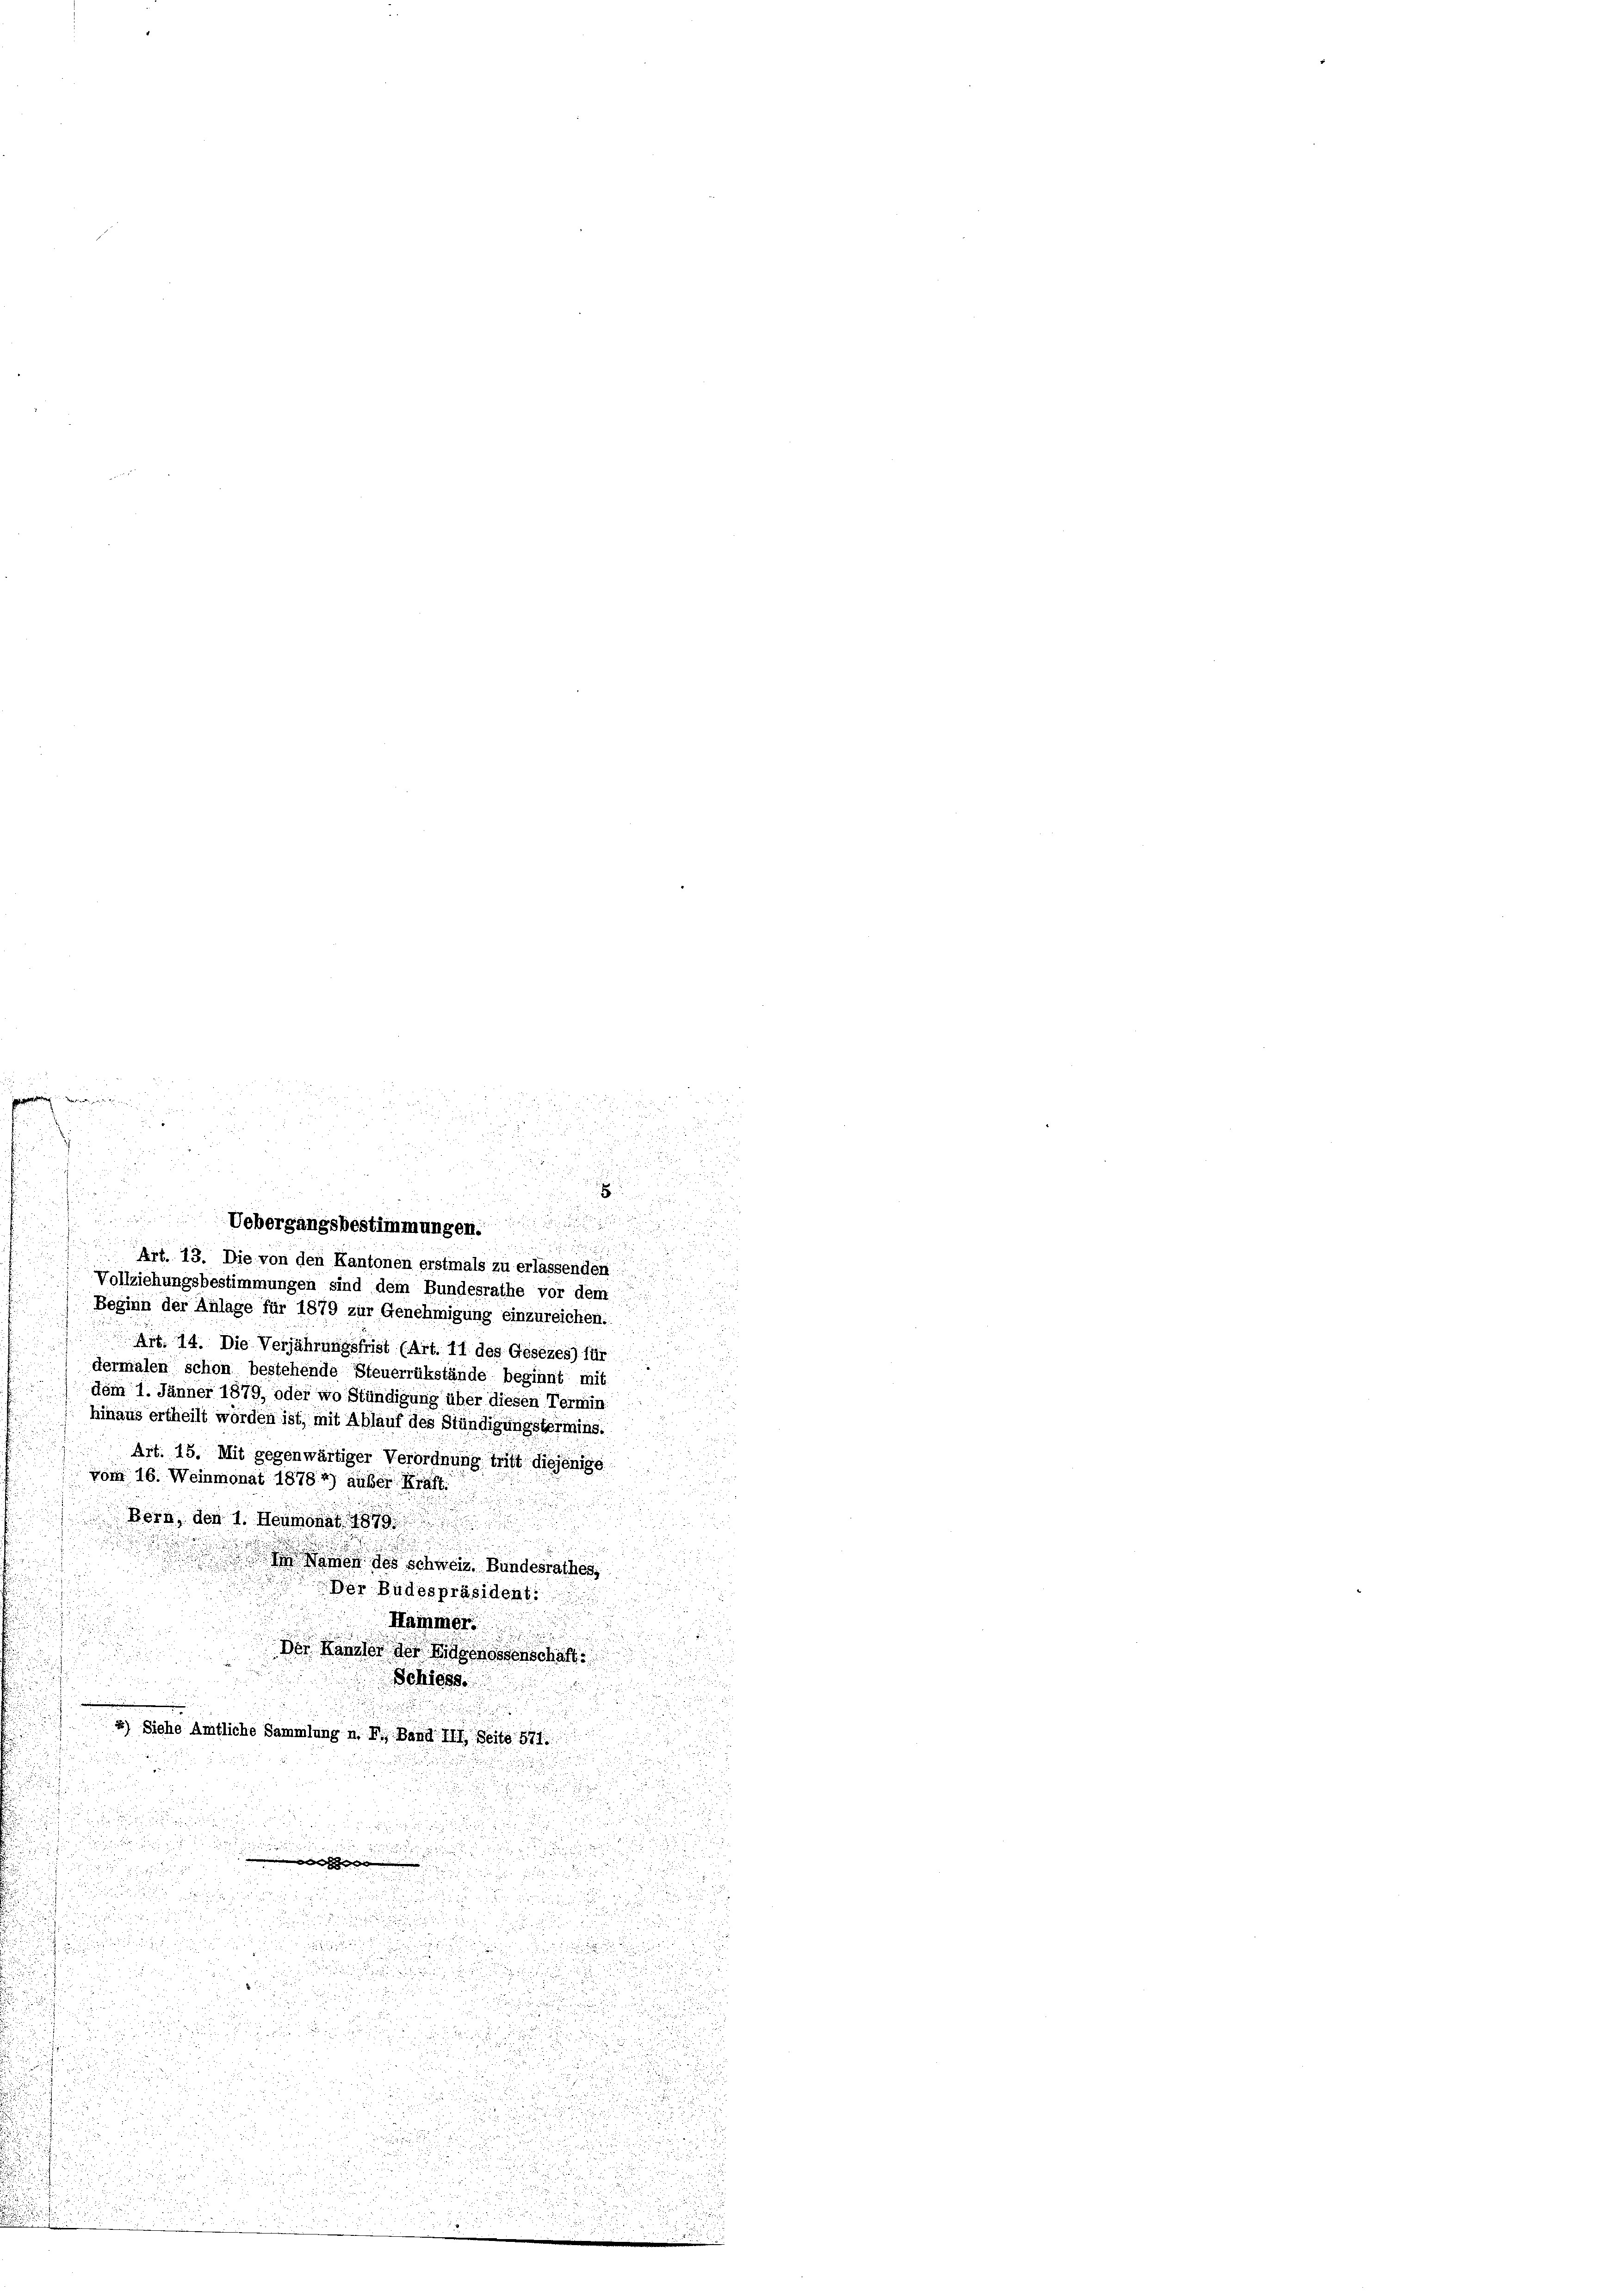
Si

Art. 13. Die von den Kantonen erstmals zu erlassenden
s
 Vollziehungsbestimmungen sind dem Bundesrathe vor dem
Beginn der Anlage für 1879 zur Genehmigung einzureichen.

Art. 14. Die Verjährungsfrist (Art. 11 des Gesezes) für
dermalen schon bestehende Steuerrükstände beginnt mit
dem 1. Jänner 1879, oder wo Stündigung über diesen Termin
hinaus ertheilt worden ist, mit Ablauf des Stündigungstermins.
.
u
Art. 15. Mit gegenwärtiger Verordnung trift diejenige
vom 16. Weinmonat 18784) außer Kraft.

Bern, den 1. Heumonat 1879
 non des schweiz. Bundesrathes,
Der Budespräsident.
Hammer
.
Der Kamer der Eidgenossenschaft
hie
i
4) Siehe Amtliche Sammlung n. F., Band III. Seite 571.
  |

.

.

.
Uebergangsbestimmungen.
e